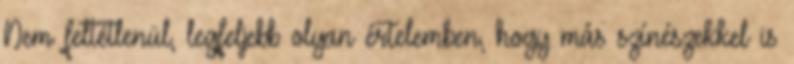
Nem feltétlenül, legfeljebb olyan értelemben, hogy más színészekkel is